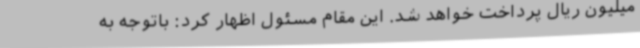
میلیون ریال پرداخت خواهد شد. این مقام مسئول اظهار کرد: باتوجه به